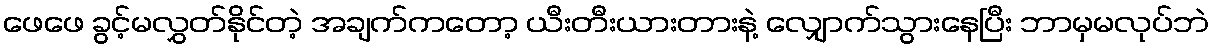
ဖေဖေ ခွင့်မလွှတ်နိုင်တဲ့ အချက်ကတော့ ယီးတီးယားတားနဲ့ လျှောက်သွားနေပြီး ဘာမှမလုပ်ဘဲ